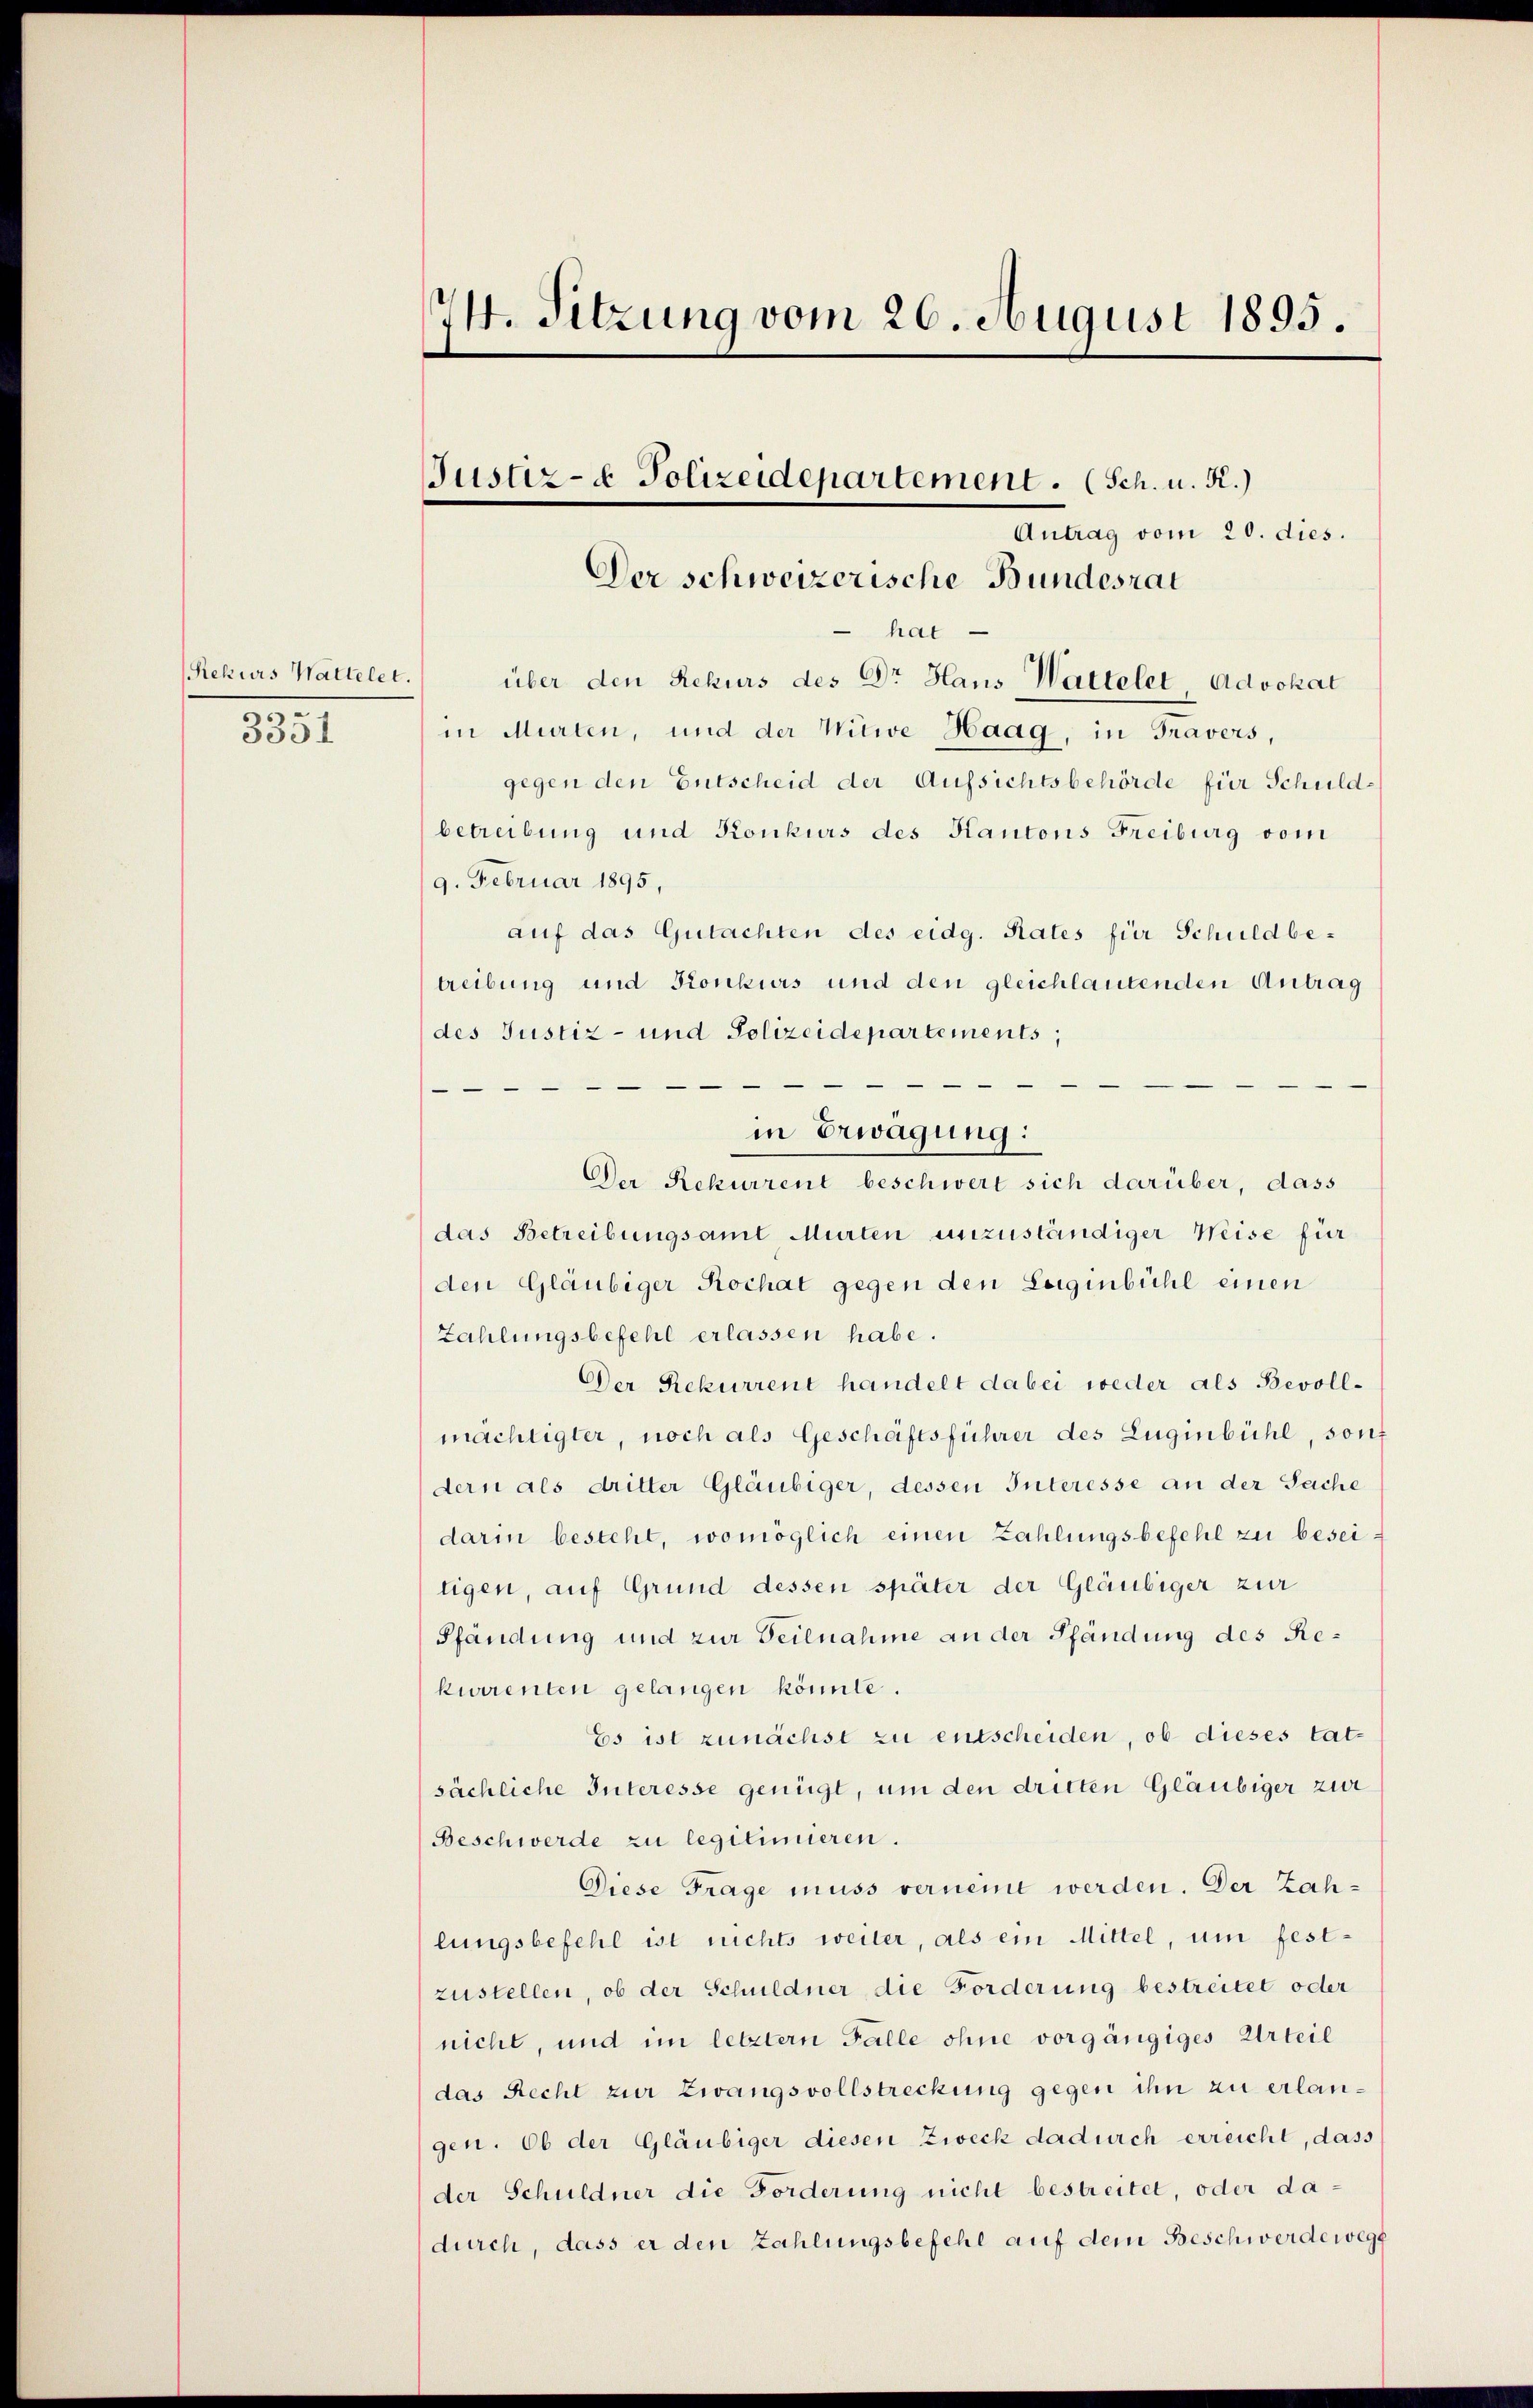
Rekurs Wattelet.

3351

24. Sitzung vom 26. August 1895.

Antrag vom 20. dies.
hat
über den Rekurs des Dr Haus Wattelet Advokat
in Murten, und der Witwe Haag, in Travers,
gegen den Entscheid der Aufsichtsbehörde für Schuldbetreibung und Konkurs des Kantons Freiburg vom
9. Februar 1895,
auf das Gutachten des eidg. Rates für Schuldbetreibung und Konkurs und den gleichlautenden Antrag
des Justiz- und Polizeidepartements,

Der Rekurrent beschwert sich darüber, dass
das Betreibungsamt Murten unzuständiger Weise für
den Gläubiger Rochat gegen den Luiginbühl einen
Zahlungsbefehl erlassen habe.
Der Rekurrent handelt dabei weder als Bevoll-
mächtigter, noch als Geschäftsführer des Eugenbühl, sont
dern als dritter Gläubiger, dessen Interesse an der Sache
darin besteht, womöglich einen Zahlungsbefehl zu beseitigen, auf Grund dessen später der Gläubiger zur
Pfändung und zur Teilnahme an der Pfändung des Rekurrenten gelangen könnte.
Es ist zunächst zu entscheiden, ob dieses tat-
sächliche Interesse genügt, um den dritten Gläubiger zur
Beschwerde zu legitimieren.
Diese Frage muss verneine werden. Der Zahlungsbefehl ist nichts weiter, als ein Mittel, um festzustellen, ob der Schuldner die Forderung bestreitet oder
nicht, und im letztern Falle ohne vorgängiges Urteil
das Recht zur Zwangsvollstreckung gegen ihn zu erlangen. Ob der Gläubiger diesen Zweck dadurch erreicht, dass
der Schuldner die Forderung nicht bestreitet, oder dadurch, dass er den Zahlungsbefehl auf dem Beschwerde wege

Der schweizerische Bundesrat

Justiz- & Polizeidepartement. (Sch. u. R.)

in Erwägung: